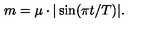
m = \mu \cdot | \sin ( \pi t / T ) | .